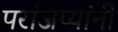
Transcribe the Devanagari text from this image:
परांजप्यांनी